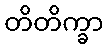
တိတိက္ခာ